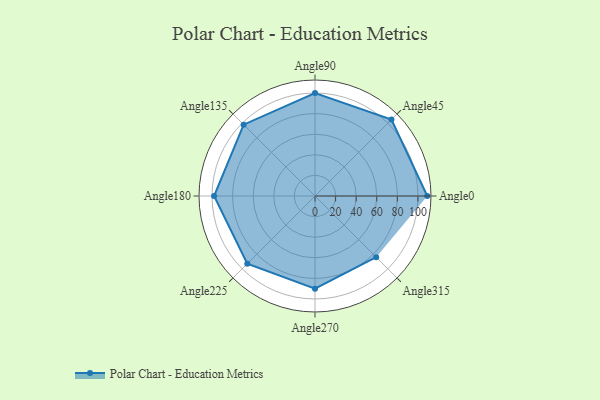
{"axis": {"x": "Angle", "y": "Radius"}, "legend": [""], "data": [{"x": "Angle0", "y": 109.0, "type": ""}, {"x": "Angle45", "y": 105.0, "type": ""}, {"x": "Angle90", "y": 100.0, "type": ""}, {"x": "Angle135", "y": 98.0, "type": ""}, {"x": "Angle180", "y": 98.0, "type": ""}, {"x": "Angle225", "y": 93.0, "type": ""}, {"x": "Angle270", "y": 90.0, "type": ""}, {"x": "Angle315", "y": 84.0, "type": ""}]}